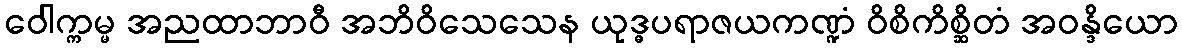
ဝေါက္ကမ္မ အညထာဘာဝီ အဘိဝိသေသေန ယုဒ္ဓပရာဇယကဏ္ဍံ ဝိစိကိစ္ဆိတံ အဝန္ဒိယော